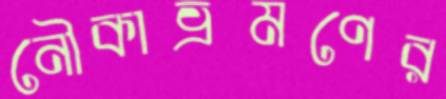
নৌকাভ্রমণের